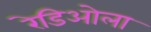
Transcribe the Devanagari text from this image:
रेडिओला